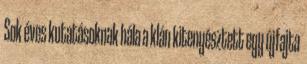
Sok éves kutatásoknak hála a klán kitenyésztett egy újfajta